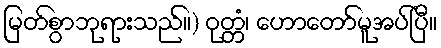
မြတ်စွာဘုရားသည်။) ဝုတ္တံ၊ ဟောတော်မူအပ်ပြီ။